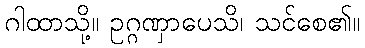
ဂါထာသို့။ ဥဂ္ဂဏှာပေသိ၊ သင်စေ၏။